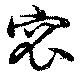
窊